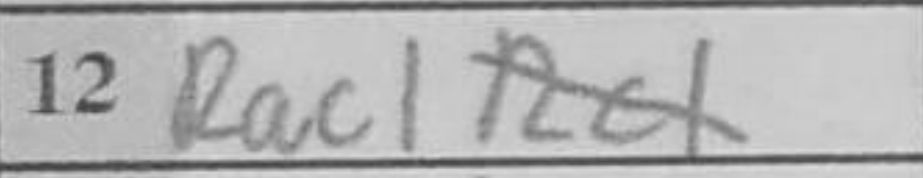
Transcription: Rac1